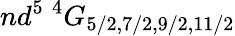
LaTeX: nd^{5}~{}^{4}G_{5/2,7/2,9/2,11/2}